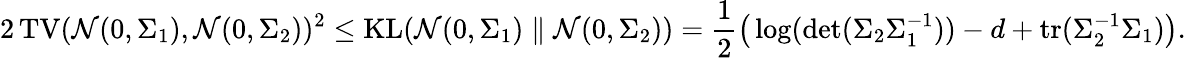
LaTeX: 2\operatorname{TV}(\mathcal{N}(0,\Sigma_{1}),\mathcal{N}(0,\Sigma_{2}))^{2}\le\operatorname{KL}(\mathcal{N}(0,\Sigma_{1})\parallel\mathcal{N}(0,\Sigma_{2}))=\frac{1}{2}\big(\log(\operatorname*{det}(\Sigma_{2}\Sigma_{1}^{-1}))-d+\operatorname{tr}(\Sigma_{2}^{-1}\Sigma_{1})\big).